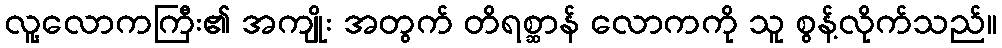
လူ့လောကကြီး၏ အကျိုး အတွက် တိရစ္ဆာန် လောကကို သူ စွန့်လိုက်သည်။